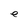
Character: n